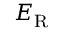
\ensuremath { E _ { \mathrm { R } } }